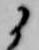
に